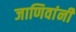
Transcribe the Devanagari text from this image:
जाणिवांनी